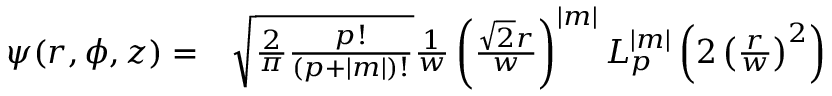
\begin{array} { r l } { \psi ( r , \phi , z ) = } & { { } \sqrt { \frac { 2 } { \pi } \frac { p ! } { ( p + | m | ) ! } } \frac { 1 } { w } \left( \frac { \sqrt { 2 } r } { w } \right) ^ { | m | } L _ { p } ^ { | m | } \left( 2 \left( \frac { r } { w } \right) ^ { 2 } \right) } \end{array}